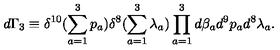
d \Gamma _ { 3 } \equiv \delta ^ { 1 0 } ( \sum _ { a = 1 } ^ { 3 } p _ { a } ) \delta ^ { 8 } ( \sum _ { a = 1 } ^ { 3 } \lambda _ { a } ) \prod _ { a = 1 } ^ { 3 } d \beta _ { a } d ^ { 9 } p _ { a } d ^ { 8 } \lambda _ { a } .